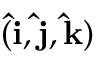
( \mathbf { \hat { i } } , \mathbf { \hat { j } } , \mathbf { \hat { k } } )